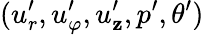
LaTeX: (u_{r}^{\prime},u_{\varphi}^{\prime},u_{\mathbf{z}}^{\prime},p^{\prime},\theta^{\prime})